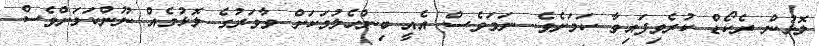
ލޮޅުން ރެކޯޑް ކުރެވިފައިވާ ކަމަށެވެ. ނަމަވެސް އެއީ ބިންހެލުމަކަށް ވާވަރުގެ ލޮޅުމެއް ނޫންކަމަށްވެސް